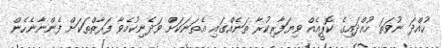
ހުއްދަ ނުވަތަ ހުއްދައިގެ ކޮޕީއެއް ވިޔަފާރިކުރާ ތަނެއްގައި އެތަނަކަށް ވަދެނިކުމެވާ ފަރާތްތަކަށް ފެންނާނެހެން